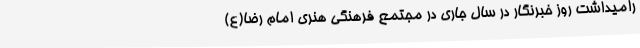
رامیداشت روز خبرنگار در سال جاری در مجتمع فرهنگی هنری امام رضا(ع)